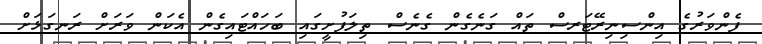
ފެންވަރުގެ އިންސިނިރޭޓަރސް ތައް ގަނެގެން ގެނެސް ތިލަފުށީގައި ބަހައްޓައިގެން އެކަން ވަރަށް ރަނގަޅަށް